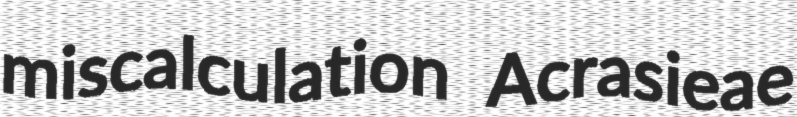
miscalculation Acrasieae